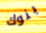
بنوك